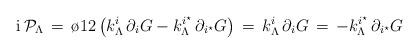
LaTeX: \begin{align*}{\rm i} \, {\cal P}_\Lambda \, = \, {\o{1}{2}}\left ( k^{i}_\Lambda \, \partial_i G -k^{i^\star}_\Lambda \, \partial_{i^\star} G\right ) \,= \, k^{i}_\Lambda \, \partial_i G \, = \,- k^{i^\star}_\Lambda \, \partial_{i^\star} G\end{align*}